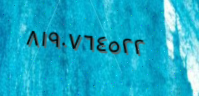
٨١٩٠٧٦٤٥٢٢